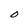
Character: O